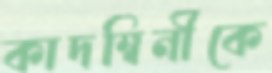
কাদম্বিনীকে